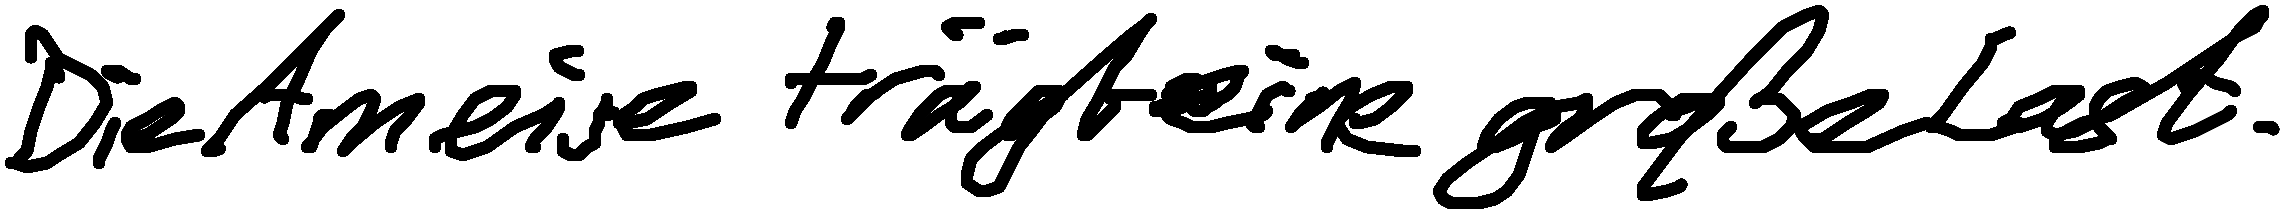
Die Ameise trägt eine große Last.